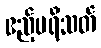
ဧည့်ပရိသတ်